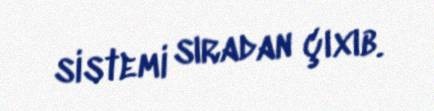
sistemi sıradan çıxıb.